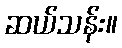
ဆယ်သန်း။